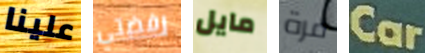
علينا رفضتي مايل مرة Car